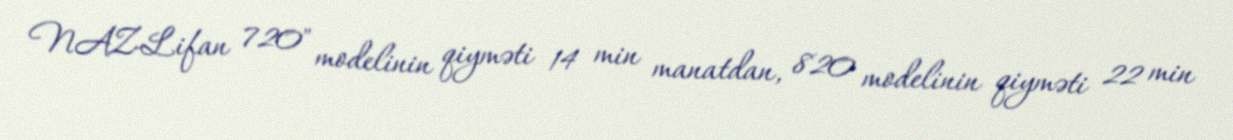
NAZ-Lifan 720" modelinin qiyməti 14 min manatdan, 820 modelinin qiyməti 22 min